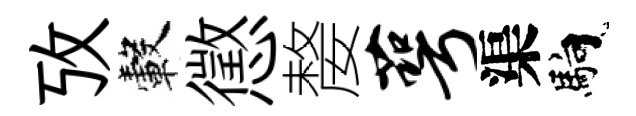
攷轂懲嫠萼渠馿